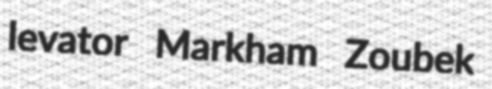
levator Markham Zoubek